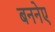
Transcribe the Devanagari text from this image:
बननेए